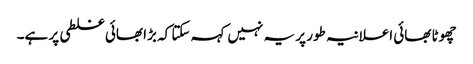
چھوٹا بھائی اعلانیہ طور پر یہ نہیں کہہ سکتا کہ بڑا بھائی غلطی پر ہے۔